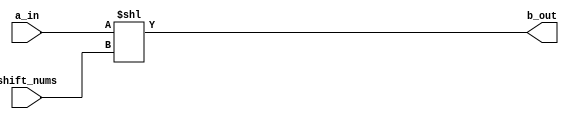
module shl_32_gate(
		input wire [31:0] a_in,
		input wire [31:0] shift_nums,
		output [31:0] b_out
);
		assign b_out[31:0] = a_in<<shift_nums;
endmodule